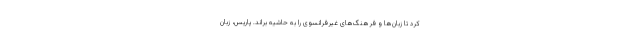
کرد تا زبان‌ها و فرهنگ‌های غیرفرانسوی را به حاشیه براند. پاریس، زبان